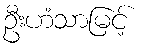
ဦးဟံသာမြင့်